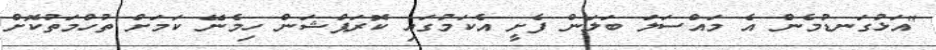
"އަޅުގަނޑުމެން އެ މައްސަލަ ބަލަން ފެށީ އެކަމުގައި ކޮރަޕްޝަން ހިމެނޭ ކަމަށް ތުހްމަތުކޮށް